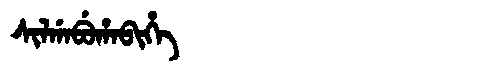
Manchu: ᠰᡳᠯᡤᠠᠪᡠᡥᠠᠪᡳᡥᡝ
Romanization: SILGABUHABIHE